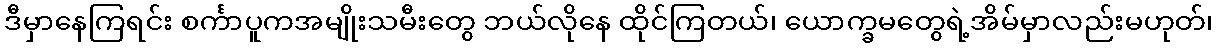
ဒီမှာနေကြရင်း စင်္ကာပူကအမျိုးသမီးတွေ ဘယ်လိုနေ ထိုင်ကြတယ်၊ ယောက္ခမတွေရဲ့အိမ်မှာလည်းမဟုတ်၊